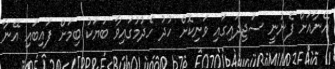
އޭނާއަށް ފެނުނީ ސަޖިދައިގައި ވަނިކޮށް ހުދު ހެދުމުގައިވާ ބަޔަކު ބިމަށް ފައިބައި އޭނާ